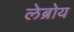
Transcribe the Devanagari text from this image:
लेब्रोय